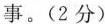
事。(2分)